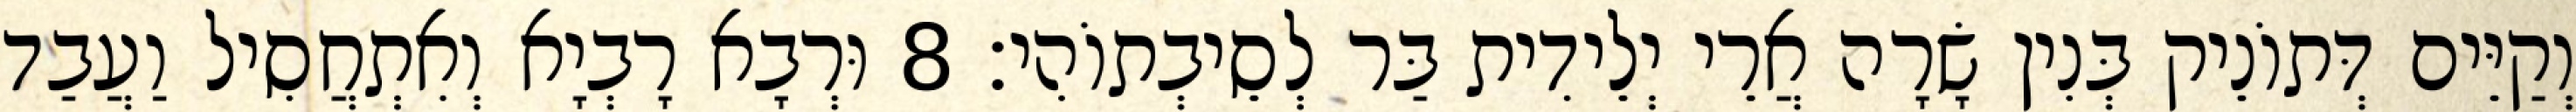
וְקַיֵּים דְּתוֹנֵיק בְּנִין שָׂרָה אֲרֵי יְלֵידִית בַּר לְסֵיבְתוֹהִי׃ 8 וּרְבָא רָבְיָא וְאִתְחֲסִיל וַעֲבַד